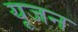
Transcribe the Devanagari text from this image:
यूजन